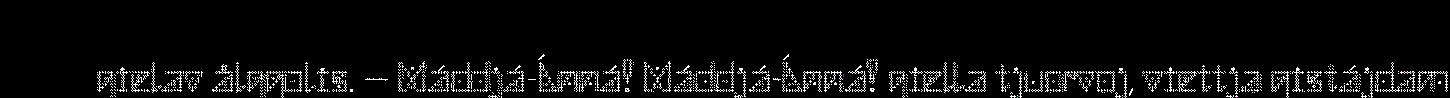
gielav ålggolis. – Máddjá-Ánná! Máddjá-Ánná! giella tjuorvoj, viettja gistájdam